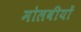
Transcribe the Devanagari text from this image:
मोलवीयों